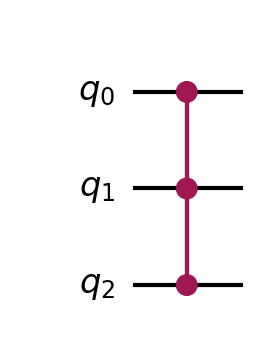
Description: CCZ gate: doubly-controlled phase flip
描述: CCZ门：双重受控相位翻转
Category: gate_coverage (difficulty: basic)
Qubits: 3, circuit depth: 3

Braket implementation:
from braket.circuits import Circuit
# CCZ = H(2)-CCX-H(2)
circuit = Circuit()
circuit.h(2)
circuit.ccnot(0, 1, 2)
circuit.h(2)

Qiskit implementation:
from qiskit import QuantumCircuit
# CCZ = H(2)-CCX-H(2)
circuit = QuantumCircuit(3)
circuit.h(2)
circuit.ccx(0, 1, 2)
circuit.h(2)